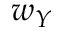
w _ { Y }